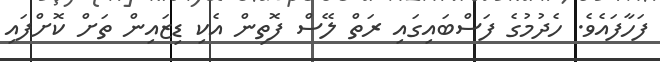
ފަހާފައެވެ. ހެދުމުގެ ފަސްބައިގައި ރަތް ލޭސް ފޮތިން އެކި ޑިޒައިން ތަށް ކޮށްފައި